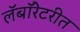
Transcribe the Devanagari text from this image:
लॅबॉरेटरीत